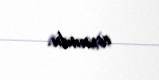
toxundu.